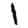
Digit: 1